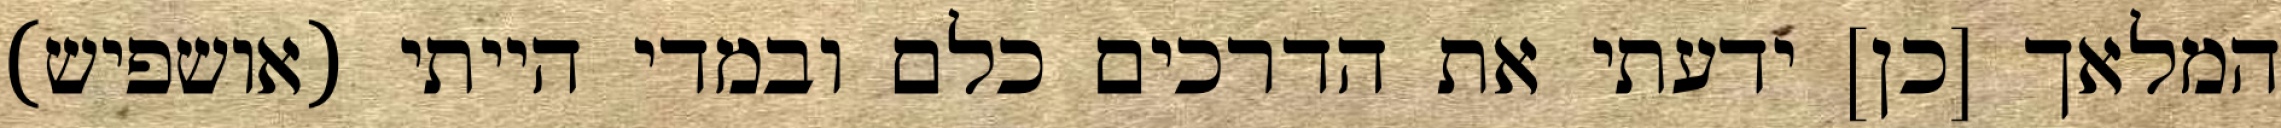
המלאך [כן] ידעתי את הדרכים כלם ובמדי הייתי (אושפיש)